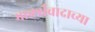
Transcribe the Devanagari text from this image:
मार्क्सवादाच्या